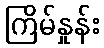
ကြိမ်နှုန်း